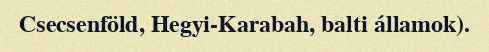
Csecsenföld, Hegyi-Karabah, balti államok).